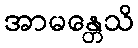
အာမန္တေသိ